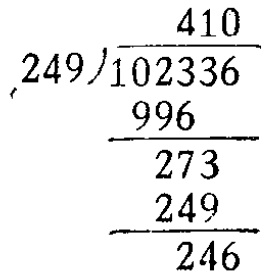
\(
\begin{array}{r}
410 \\
249\enclose{longdiv}{102336} \\
\underline{996} \\
273 \\
\underline{249} \\
246
\end{array}
\)